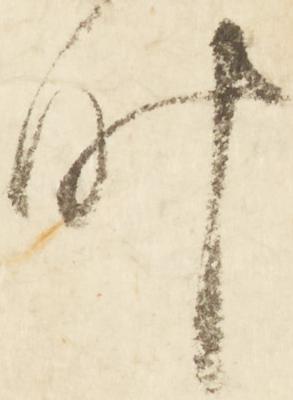
叶